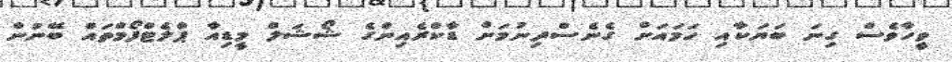
ވީހާވެސް ގިނަ ބަޔަކާއި ހަމައަށް ގެނެސްދިނުމަށް ޑާކްރެއިންގެ ޝޯޝަލް މީޑިއާ ޕްލެޓްފޯމްތައް ބޭނުން